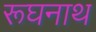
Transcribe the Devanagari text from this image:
रूघनाथ